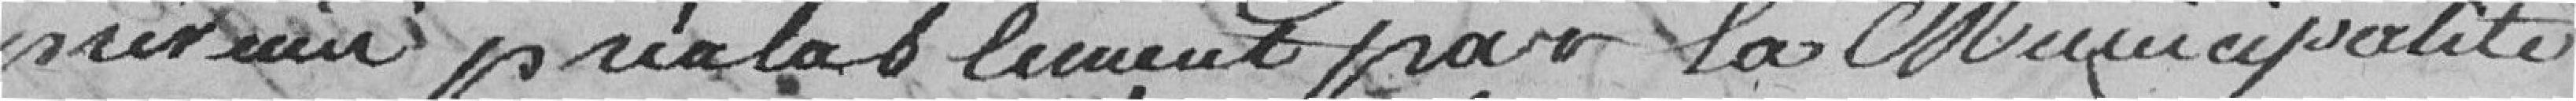
prévenu préalablement par la Municipalité